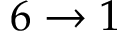
6 \to 1